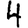
Digit: 4